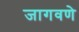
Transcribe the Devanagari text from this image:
जागवणे